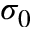
\sigma _ { 0 }